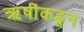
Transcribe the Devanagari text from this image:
ऋषींकडून